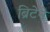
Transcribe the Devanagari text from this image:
ब्रिटेने